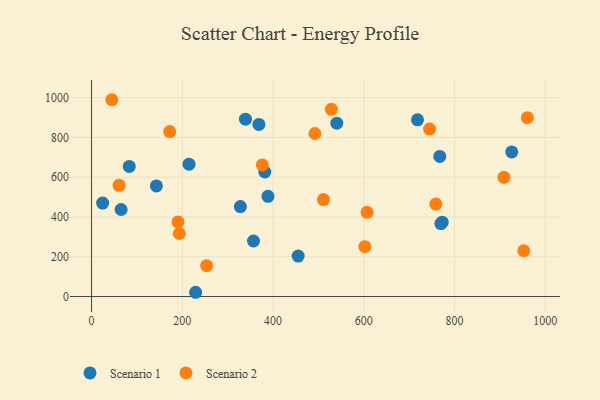
{"axis": {"x": "Investment", "y": "Profit"}, "legend": ["Scenario 1", "Scenario 2"], "data": [{"x": "24.4", "y": 469.8, "type": "Scenario 1"}, {"x": "229.4", "y": 21.4, "type": "Scenario 1"}, {"x": "214.8", "y": 665.7, "type": "Scenario 1"}, {"x": "772.8", "y": 373.6, "type": "Scenario 1"}, {"x": "368.8", "y": 865.4, "type": "Scenario 1"}, {"x": "769.9", "y": 366.6, "type": "Scenario 1"}, {"x": "381.8", "y": 626.2, "type": "Scenario 1"}, {"x": "328.0", "y": 452.5, "type": "Scenario 1"}, {"x": "142.9", "y": 556.0, "type": "Scenario 1"}, {"x": "339.2", "y": 891.5, "type": "Scenario 1"}, {"x": "455.3", "y": 203.5, "type": "Scenario 1"}, {"x": "718.4", "y": 888.6, "type": "Scenario 1"}, {"x": "356.9", "y": 279.1, "type": "Scenario 1"}, {"x": "767.5", "y": 704.3, "type": "Scenario 1"}, {"x": "83.1", "y": 654.2, "type": "Scenario 1"}, {"x": "926.0", "y": 727.0, "type": "Scenario 1"}, {"x": "388.8", "y": 503.6, "type": "Scenario 1"}, {"x": "540.5", "y": 871.4, "type": "Scenario 1"}, {"x": "65.1", "y": 437.7, "type": "Scenario 1"}, {"x": "908.9", "y": 599.2, "type": "Scenario 2"}, {"x": "511.1", "y": 487.4, "type": "Scenario 2"}, {"x": "193.3", "y": 316.9, "type": "Scenario 2"}, {"x": "492.2", "y": 819.7, "type": "Scenario 2"}, {"x": "376.4", "y": 661.5, "type": "Scenario 2"}, {"x": "745.0", "y": 841.7, "type": "Scenario 2"}, {"x": "253.7", "y": 155.1, "type": "Scenario 2"}, {"x": "44.7", "y": 989.5, "type": "Scenario 2"}, {"x": "172.3", "y": 829.2, "type": "Scenario 2"}, {"x": "960.5", "y": 899.2, "type": "Scenario 2"}, {"x": "602.3", "y": 250.5, "type": "Scenario 2"}, {"x": "60.6", "y": 559.2, "type": "Scenario 2"}, {"x": "952.5", "y": 230.2, "type": "Scenario 2"}, {"x": "190.5", "y": 375.3, "type": "Scenario 2"}, {"x": "607.2", "y": 423.6, "type": "Scenario 2"}, {"x": "528.6", "y": 941.2, "type": "Scenario 2"}, {"x": "758.8", "y": 465.0, "type": "Scenario 2"}]}